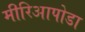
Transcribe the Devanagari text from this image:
मीरिआपोडा